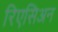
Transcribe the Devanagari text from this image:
रिएसिअन